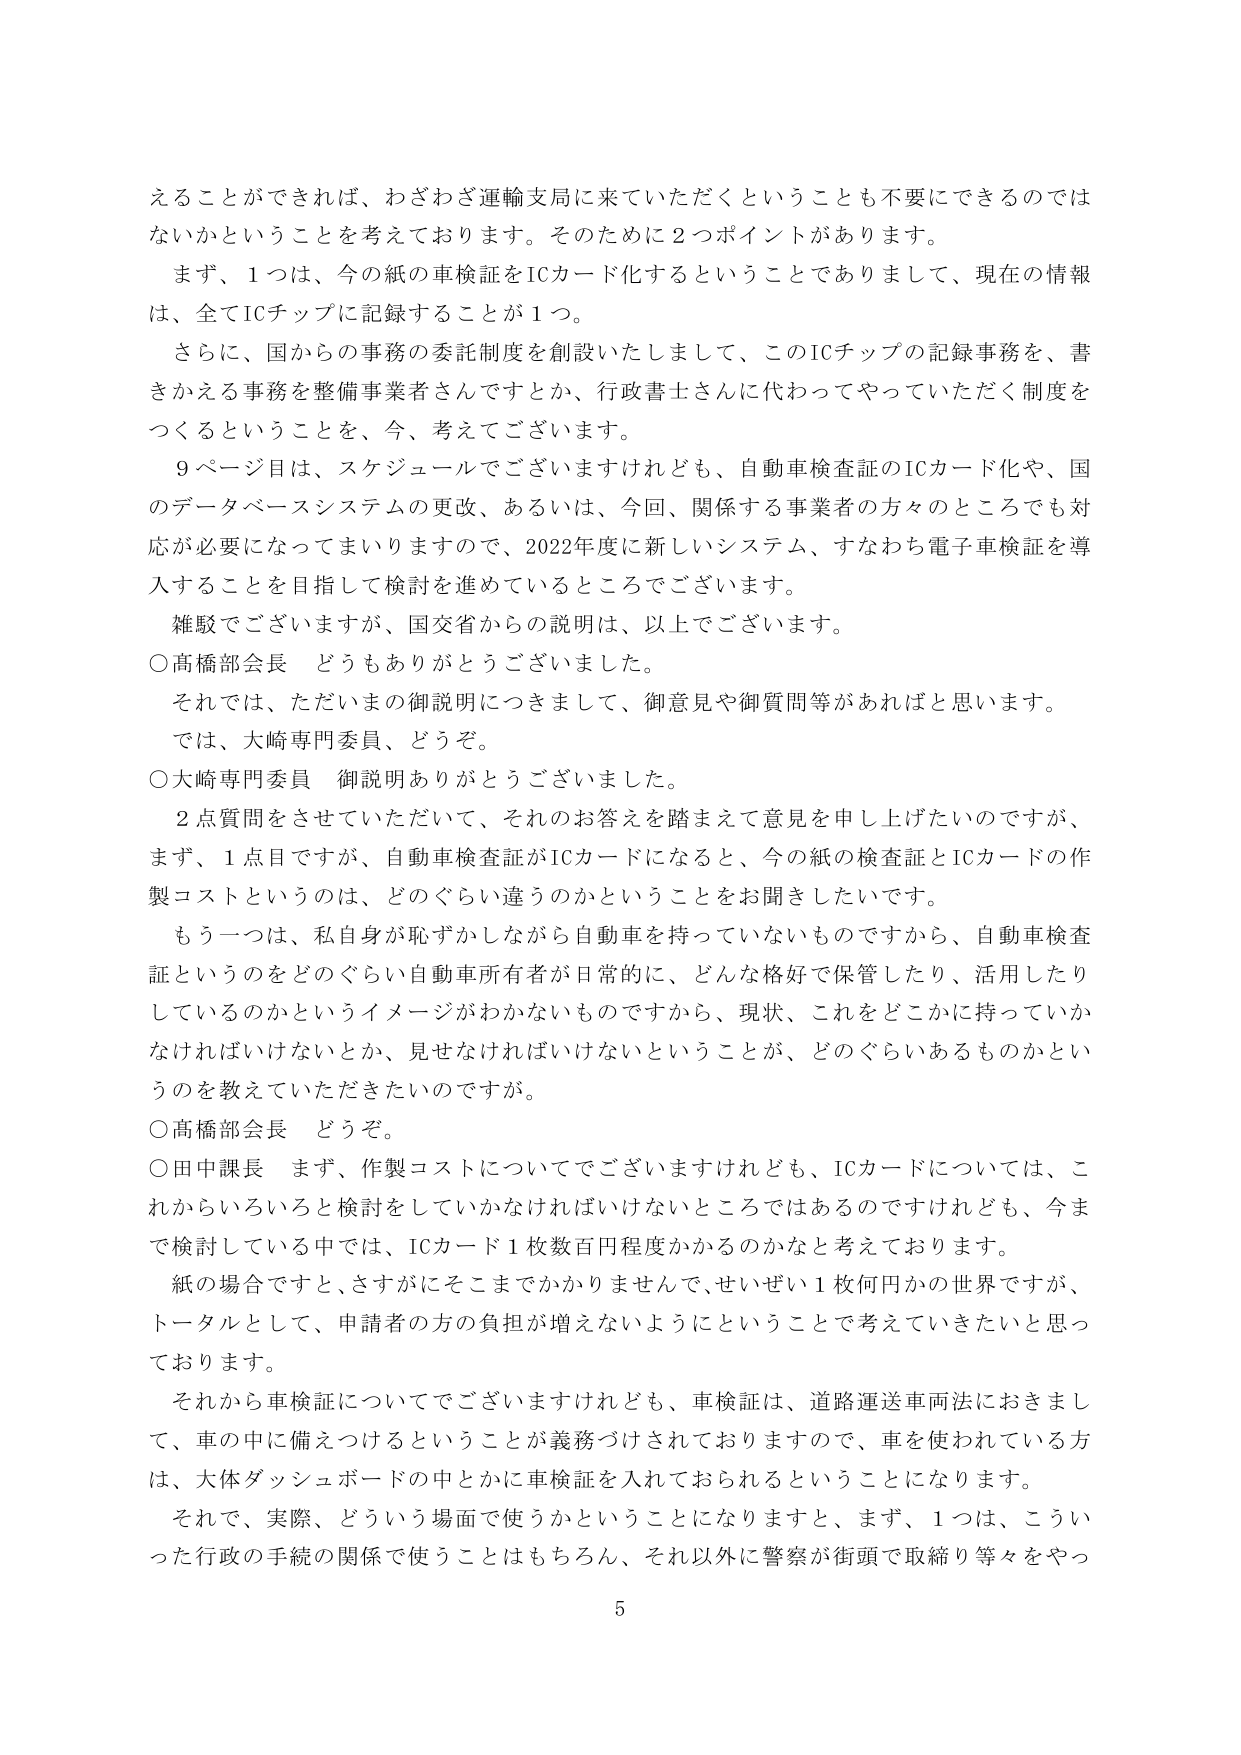
えることができれば、わざわざ運輸支局に来ていただくということも不要にできるのではないかなということを考えております。そのために２つポイントがあります。
まず、１つは、今の紙の車検証をICカード化するということでありますして、現在の情報は、全てICチップに記録することが１つ。
さらに、国からの事務の委託制度を創設いたしまして、このICチップの記録事務を、書きかえる事務を整備事業者さんですとか、行政書士さんに代わってやっていただく制度をつくるということを、今、考えてございます。
９ページ目は、スケジュールでございますけれども、自動車検査証のICカード化や、国のデータベースシステムの更改、あるいは、今回、関係する事業者の方々のところでも対応が必要になってまいりますので、2022年度に新しいシステム、すなわち電子車検証を導入することを目指して検討を進めているところでございます。
雑駁でございますが、国交省からの説明は、以上でございます。
○高橋部会長　どうもありがとうございました。
それでは、ただいまの御説明につきまして、御意見や御質問等があればと思います。
では、大崎専門委員、どうぞ。
○大崎専門委員　御説明ありがとうございました。
２点質問をさせていただいて、それのお答えを踏まえて意見を申し上げたいのですが、まず、１点目ですが、自動車検査証がICカードになると、今の紙の検査証とICカードの作製コストというのは、どのぐらい違うのかということをお聞きしたいです。
もう一つは、私自身が恥ずかしながら自動車を持っていないものですから、自動車検査証というのをどのぐらい自動車所有者が日常的に、どんな格好で保管したり、活用したりしているのかというイメージがわからないものですから、現状、これをどこかに持っていかなければいけないとか、見せなければならないということが、どのぐらいあるものかというのを教えていただきたいのですが。
○高橋部会長　どうぞ。
○田中課長　まず、作製コストについてでございますけれども、ICカードについては、これからいろいろと検討をしていかなければならないところではあるのですけれども、今まで検討している中では、ICカード１枚数百円程度かかるのかなと考えております。
紙の場合ですと、さすがにそこまでかかりませんで、せいぜい１枚何円かの世界ですが、トータルとして、申請者の方の負担が増えないようにということで考えていきたいと思っています。
それから車検証についてでございますけれども、車検証は、道路運送車両法におきまして、車の中に備えつけるということが義務づけられておりますので、車を使われている方は、大体ダッシュボードの中とかに車検証を入れておられるということになります。
それで、実際、どういう場面で使うかということになりますと、まず、１つは、こういった行政の手続の関係で使うことはもちろん、それ以外に警察が街頭で取締り等々をやっ
5